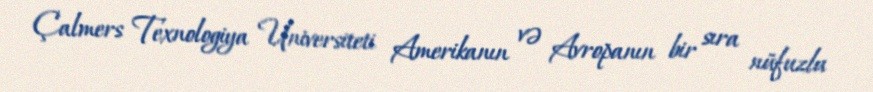
Çalmers Texnologiya Universiteti Amerikanın və Avropanın bir sıra nüfuzlu